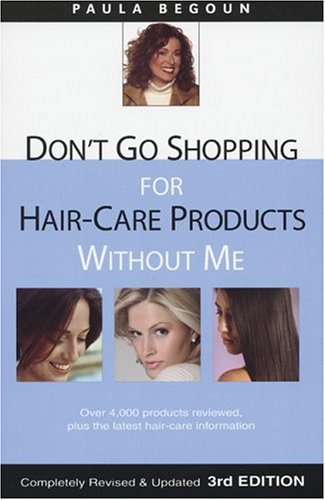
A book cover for Don't Go Shopping for Hair-Care Products Without Me: Over 4,000 Products Reviewed, Plus the Latest Hair-Care Information; Paula Begoun; Health, Fitness & Dieting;